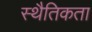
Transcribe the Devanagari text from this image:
स्थैतिकता